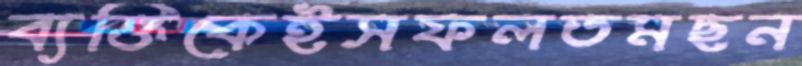
ব্যক্তিকেইসফলতমছন